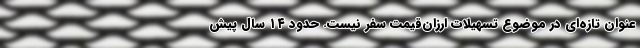
عنوان تازه‌ای در موضوع تسهیلات ارزان‌قیمت سفر نیست. حدود ۱۴ سال پیش